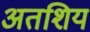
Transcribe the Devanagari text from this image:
अतशिय